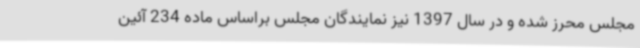
مجلس محرز شده و در سال 1397 نیز نمایندگان مجلس براساس ماده 234 آئین